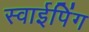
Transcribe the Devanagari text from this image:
स्वाईपिंग